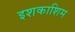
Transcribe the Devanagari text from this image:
इशकाशिम